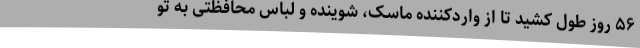
۵۶ روز طول کشید تا از واردکننده ماسک، شوینده و لباس محافظتی به تو